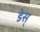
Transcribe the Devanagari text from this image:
डेस्